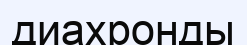
диахронды